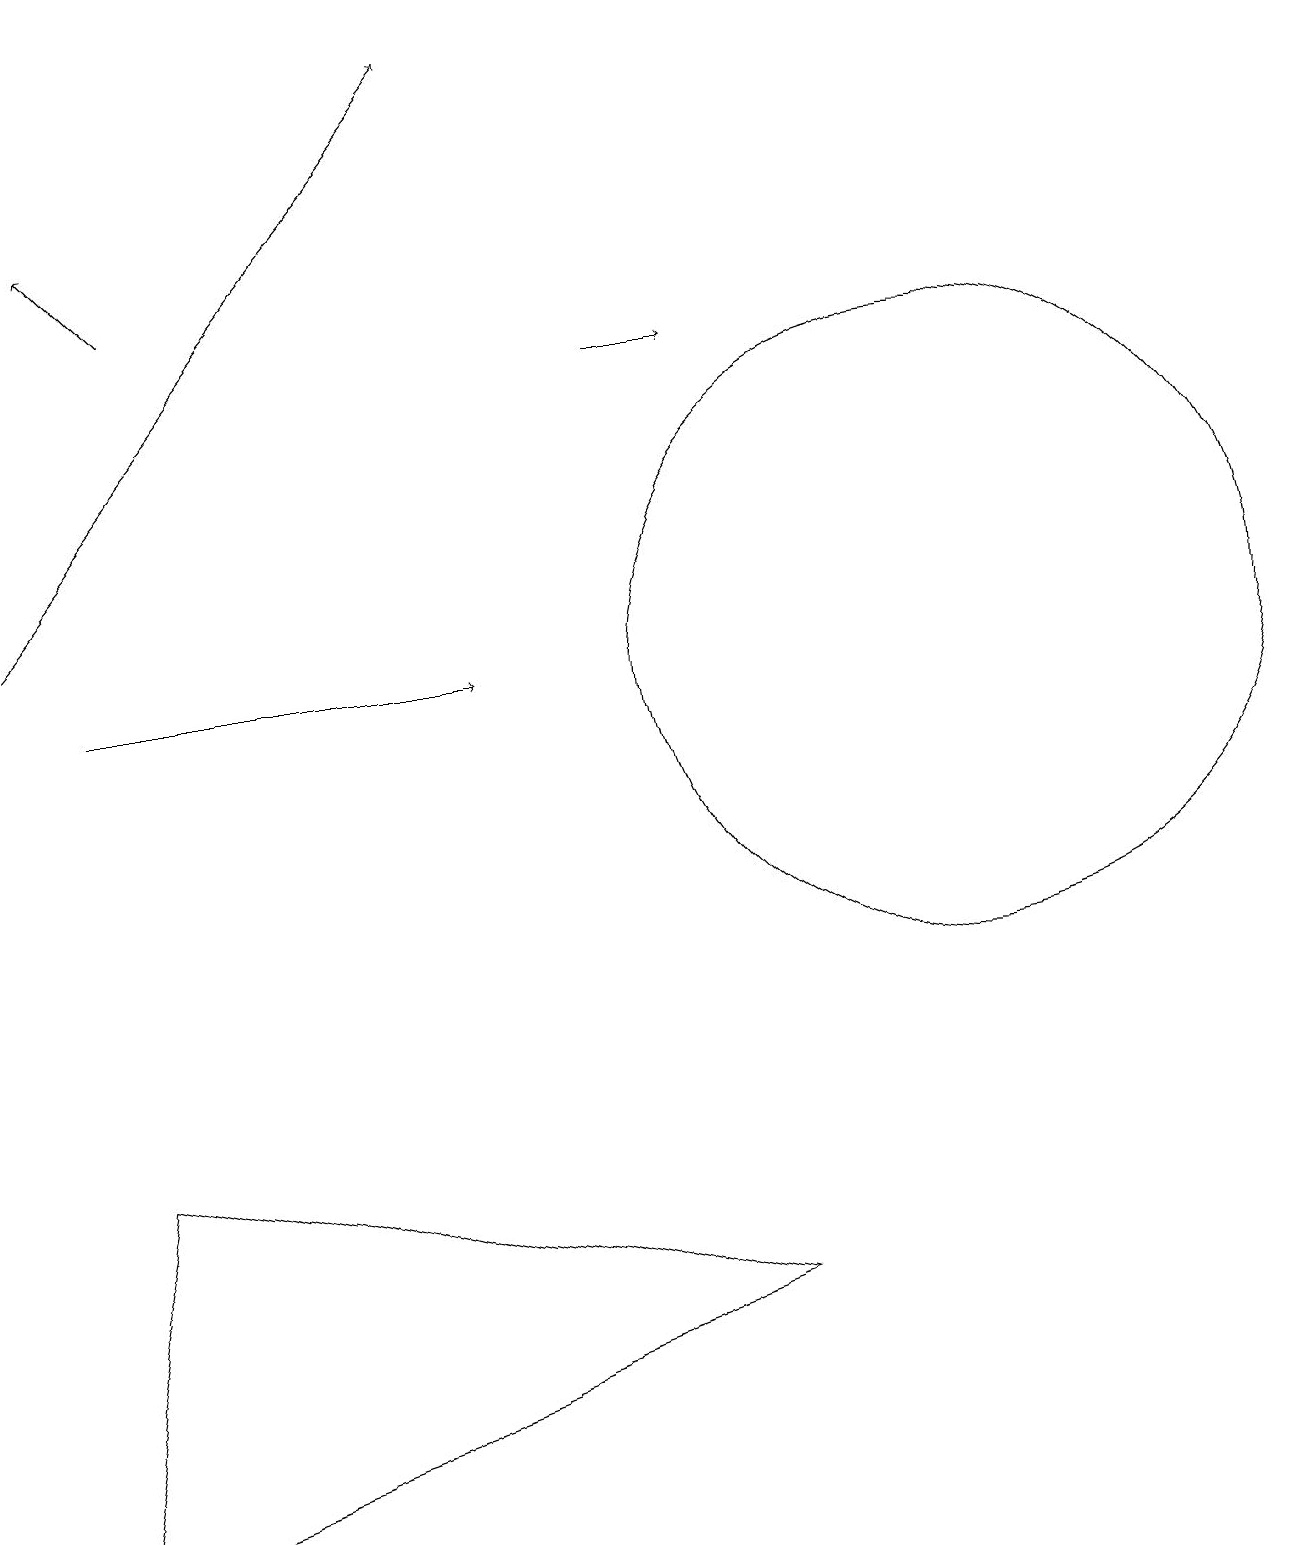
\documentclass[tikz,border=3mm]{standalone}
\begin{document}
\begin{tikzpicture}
\draw[->] (0,12) -- (6,19);
\draw[->] (2,16) -- (1,17);
\draw[->] (1,11) -- (6,11);
\draw (12,11) circle (4);
\draw[->] (8,15) -- (9,15);
\draw (1,5) -- (9,3) -- (0,0) -- cycle;
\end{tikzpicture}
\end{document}